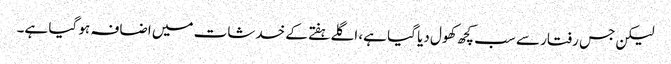
لیکن جس رفتار سے سب کچھ کھول دیا گیا ہے، اگلے ہفتے کے خدشات میں اضافہ ہو گیا ہے۔